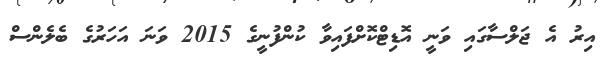
އިރު އެ ޖަލްސާގައި ވަނީ އޮޑިޓްކޮށްފައިވާ ކުންފުނީގެ 2015 ވަނަ އަހަރުގެ ބެލެންސް